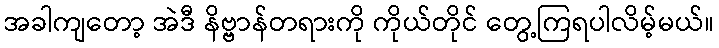
အခါကျတော့ အဲဒီ နိဗ္ဗာန်တရားကို ကိုယ်တိုင် တွေ့ကြရပါလိမ့်မယ်။